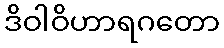
ဒိဝါဝိဟာရဂတော